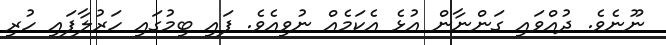
ނޫނެވެ. ދުއްވައި ގަންނާން އުޅެ އެކަމެއް ނުވިއެވެ. ފައި ބިމުގައި ހަރުލާފައި ހުރި